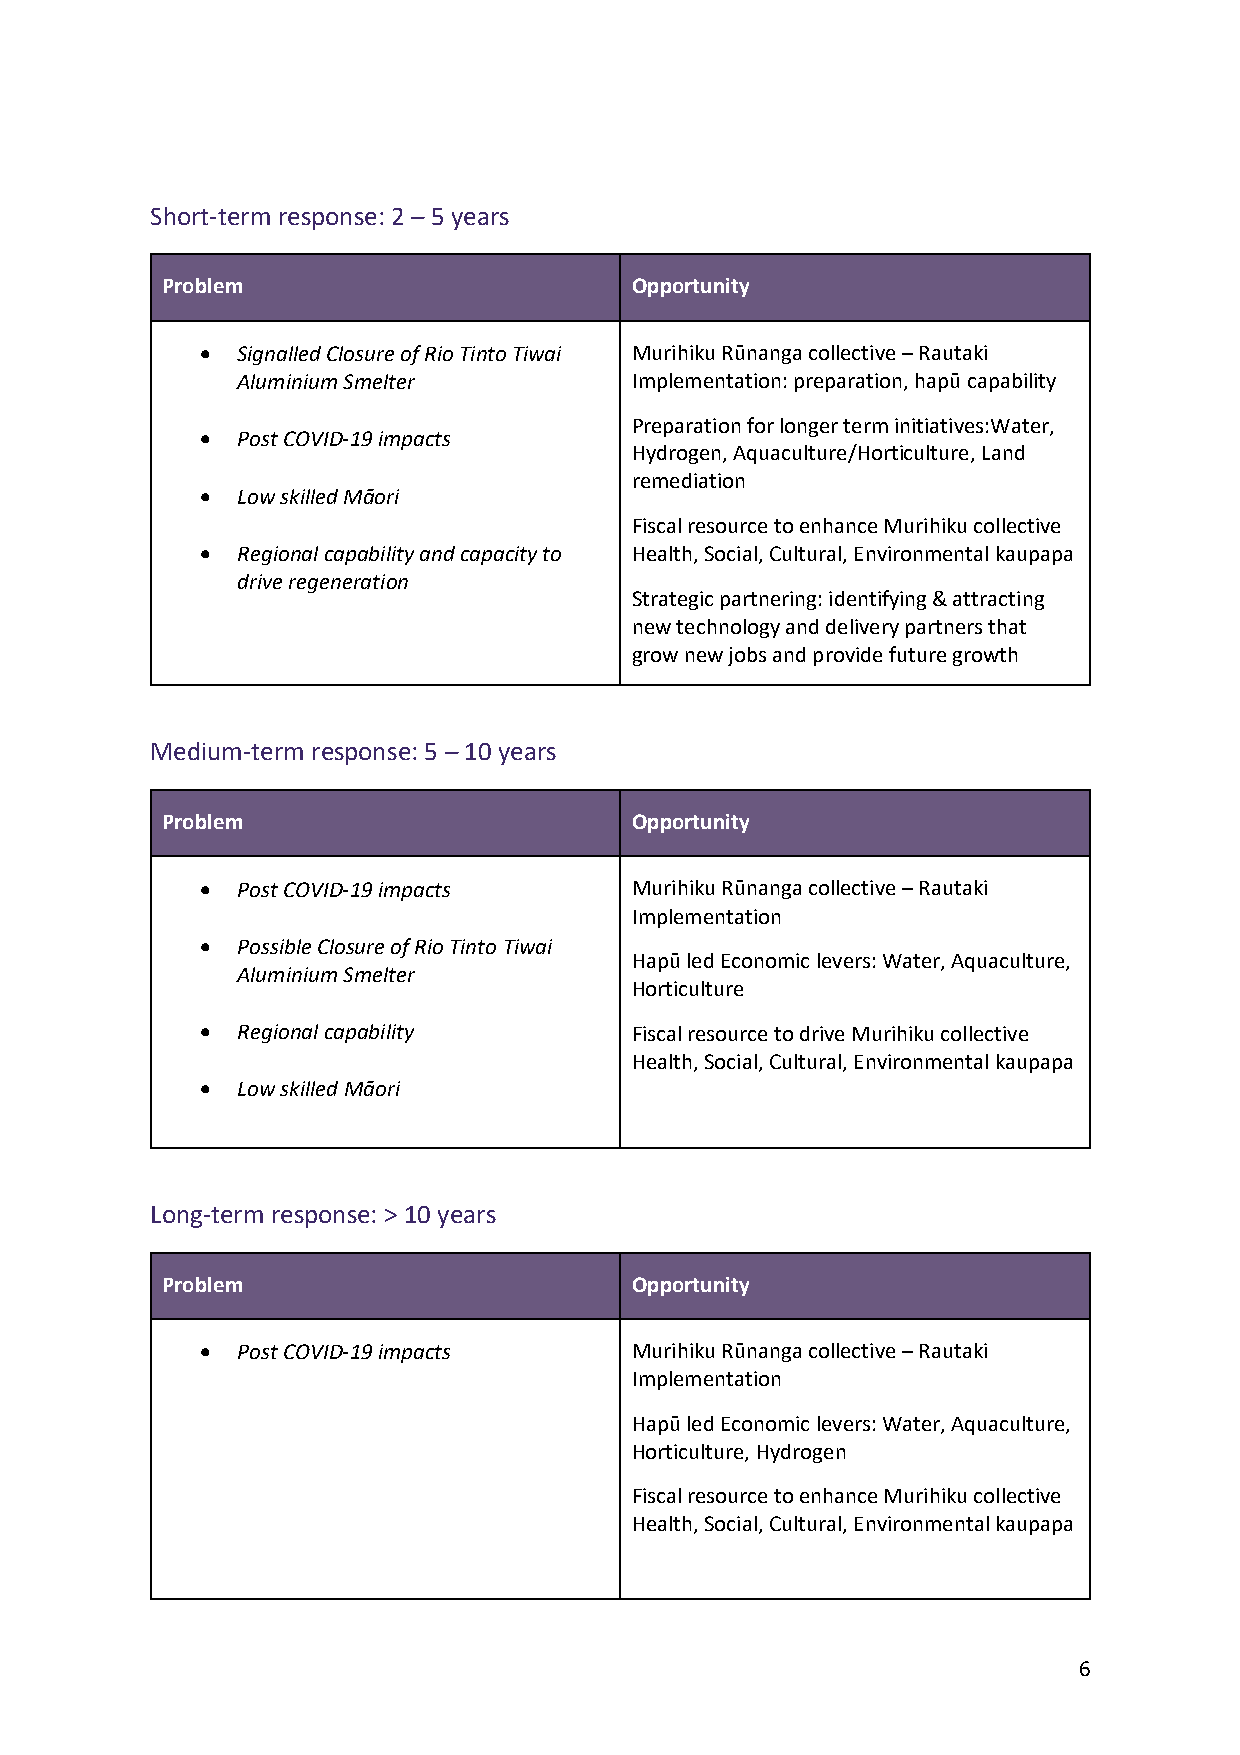
Short-term response: 2 – 5 years
 Problem                        Opportunity
 •  Signalled Closure of Rio Tinto Tiwai Murihiku Rūnanga collective – Rautaki
 Aluminium Smelter         Implementation: preparation, hapū capability
 Preparation for longer term initiatives:Water,
 •  Post COVID-19 impacts
 Hydrogen, Aquaculture/Horticulture, Land
 remediation
 •  Low skilled Māori
 Fiscal resource to enhance Murihiku collective
 •  Regional capability and capacity to Health, Social, Cultural, Environmental kaupapa
 drive regeneration
 Strategic partnering: identifying & attracting
 new technology and delivery partners that
 grow new jobs and provide future growth
 Medium-term response: 5 – 10 years
 Problem                        Opportunity
 •  Post COVID-19 impacts     Murihiku Rūnanga collective – Rautaki
 Implementation
 •  Possible Closure of Rio Tinto Tiwai
 Hapū led Economic levers: Water, Aquaculture,
 Aluminium Smelter
 Horticulture
 •  Regional capability       Fiscal resource to drive Murihiku collective
 Health, Social, Cultural, Environmental kaupapa
 •  Low skilled Māori
 Long-term response: > 10 years
 Problem                        Opportunity
 •  Post COVID-19 impacts     Murihiku Rūnanga collective – Rautaki
 Implementation
 Hapū led Economic levers: Water, Aquaculture,
 Horticulture, Hydrogen
 Fiscal resource to enhance Murihiku collective
 Health, Social, Cultural, Environmental kaupapa
 6